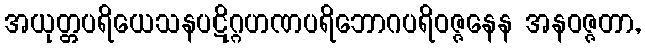
အယုတ္တပရိယေသနပဋိဂ္ဂဟဏပရိဘောဂပရိဝဇ္ဇနေန အနဝဇ္ဇတာ,